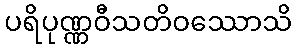
ပရိပုဏ္ဏဝီသတိဝဿောသိ